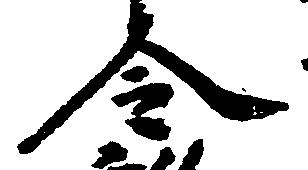
令